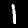
Label: 1